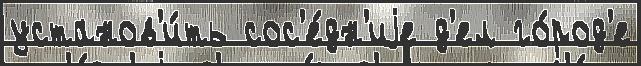
установ'и́ть сос'е́дн'иjе д'ел го́род'е